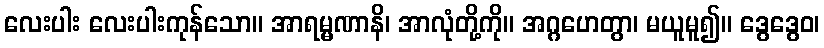
လေးပါး လေးပါးကုန်သော။ အာရမ္မဏာနိ၊ အာလုံတို့ကို။ အဂ္ဂဟေတွာ၊ မယူမူ၍။ ဒွေဒွေဝ၊